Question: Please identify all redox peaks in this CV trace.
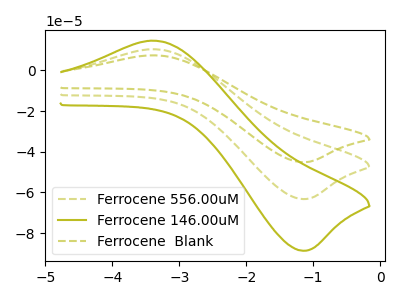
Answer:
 <answer>The olive dashed curve "Ferrocene 556.00uM" has an anodic peak at (-3.40V, 10.45uA) and a cathodic peak at (-1.15V, -63.30uA). The olive curve "Ferrocene 146.00uM" has an anodic peak at (-3.40V, 14.65uA) and a cathodic peak at (-1.15V, -88.75uA). The olive dashed curve "Ferrocene  Blank" has an anodic peak at (-3.40V, 20.90uA) and a cathodic peak at (-1.15V, -126.60uA).</answer>
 <eval></eval>